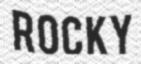
ROCKY